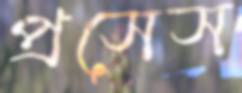
প্রসেস